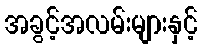
အခွင့်အလမ်းများနှင့်